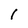
Character: I